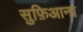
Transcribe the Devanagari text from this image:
सुफ़िआना